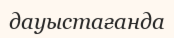
дауыстағанда